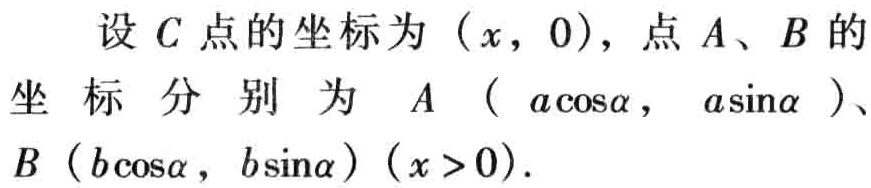
设 \(C\) 点的坐标为 \((x,0)\)，点 \(A\)、\(B\) 的坐标分别为 \(A(a\cos\alpha,a\sin\alpha)\)、\(B(b\cos\alpha,b\sin\alpha)(x > 0)\).